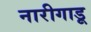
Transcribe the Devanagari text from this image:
नारीगाडू